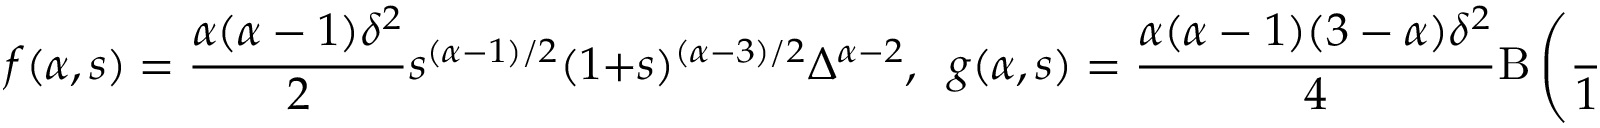
f ( \alpha , s ) = \frac { \alpha ( \alpha - 1 ) \delta ^ { 2 } } { 2 } s ^ { ( \alpha - 1 ) / 2 } ( 1 + s ) ^ { ( \alpha - 3 ) / 2 } \Delta ^ { \alpha - 2 } , \, \, \, g ( \alpha , s ) = \frac { \alpha ( \alpha - 1 ) ( 3 - \alpha ) \delta ^ { 2 } } { 4 } \mathrm { B } \left( \frac { s } { 1 + s } ; \frac { \alpha + 1 } { 2 } , 2 - \alpha \right) \Delta ^ { \alpha - 2 } .